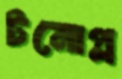
টনোপ্ল